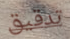
تدقيق